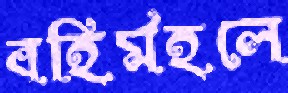
বহির্মহলে